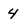
Character: 4